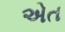
એત